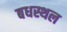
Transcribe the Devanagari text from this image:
बधस्थल